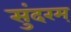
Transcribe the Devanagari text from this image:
सुंदरम्‌